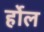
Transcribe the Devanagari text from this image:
र्होल